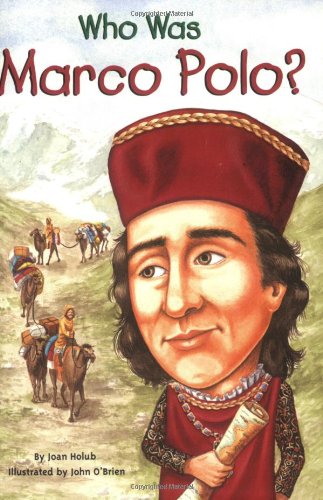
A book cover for Who Was Marco Polo?; Joan Holub; Children's Books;